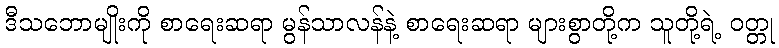
ဒီသဘောမျိုးကို စာရေးဆရာ မွန်သာလန်နဲ့ စာရေးဆရာ များစွာတို့က သူတို့ရဲ့ ဝတ္တု